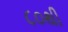
૮૦થી